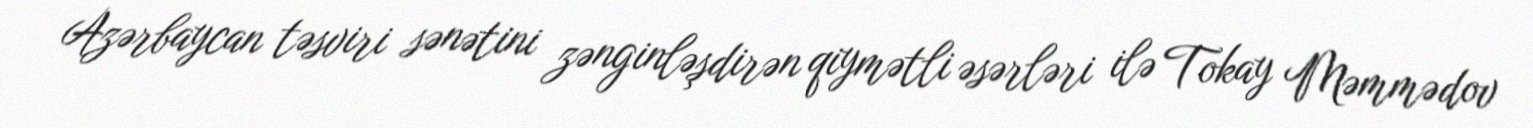
Azərbaycan təsviri sənətini zənginləşdirən qiymətli əsərləri ilə Tokay Məmmədov